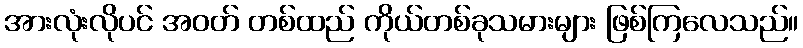
အားလုံးလိုပင် အဝတ် တစ်ထည် ကိုယ်တစ်ခုသမားများ ဖြစ်ကြလေသည်။